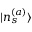
| n _ { s } ^ { ( a ) } \rangle